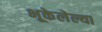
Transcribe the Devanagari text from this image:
भूकेलेल्या